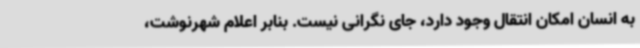
به انسان امکان انتقال وجود دارد، جای نگرانی نیست. بنابر اعلام شهرنوشت،